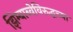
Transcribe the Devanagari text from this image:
झिम्बाब्वेविरुद्धच्या